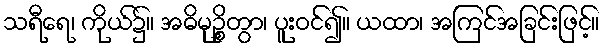
သရီရေ၊ ကိုယ်၌။ အဓိမုဉ္စိတွာ၊ ပူးဝင်၍။ ယထာ၊ အကြင်အခြင်းဖြင့်။